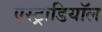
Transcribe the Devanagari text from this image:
एस्ट्राडियॉल